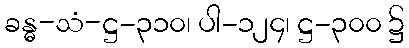
ခန္ဓ-သံ-ဋ္ဌ-၃၁၀၊ ပါ-၁၂၄၊ ဋ္ဌ-၃၀၀ ၌